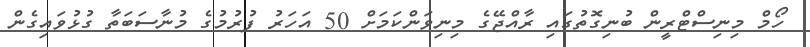
ހޯމް މިނިސްޓްރީން ބުނިގޮތުގައި ރާއްޖޭގެ މިނިވަންކަމަށް 50 އަހަރު ފުރުމުގެ މުނާސަބަތާ ގުޅުވައިގެން